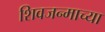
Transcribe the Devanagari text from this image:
शिवजन्माच्या